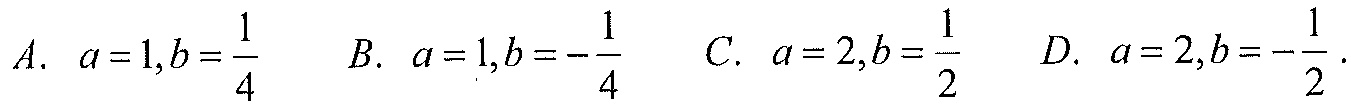
\(A.\ a = 1,b=\dfrac{1}{4}\)  \(B.\ a = 1,b=-\dfrac{1}{4}\)  \(C.\ a = 2,b=\dfrac{1}{2}\)  \(D.\ a = 2,b=-\dfrac{1}{2}\).